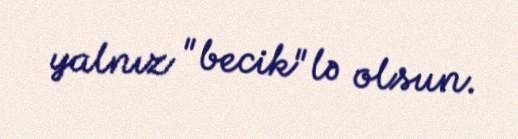
yalnız "becik"lə olsun.